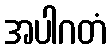
အပါဂတံ